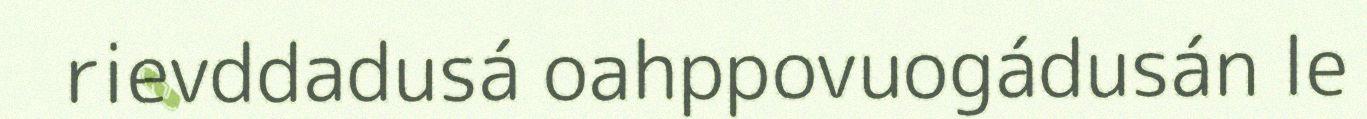
rievddadusá oahppovuogádusán le